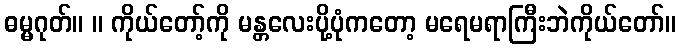
ဓမ္မဂုတ်။ ။ ကိုယ်တော့်ကို မန္တလေးပို့ပုံကတော့ မရေမရာကြီးဘဲကိုယ်တော်။